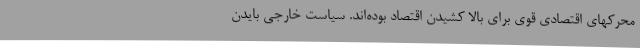
محرکهای اقتصادی قوی برای بالا کشیدن اقتصاد بوده‌اند. سیاست خارجی بایدن